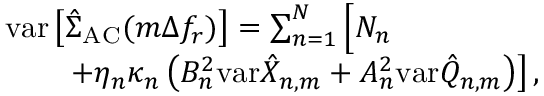
\begin{array} { r l } & { \mathrm { v a r } \left[ \hat { \Sigma } _ { \mathrm { A C } } ( m \Delta f _ { r } ) \right] = \sum _ { n = 1 } ^ { N } \Big [ { \cal N } _ { n } } \\ & { \quad \quad \left. + \eta _ { n } \kappa _ { n } \left( B _ { n } ^ { 2 } \mathrm { v a r } \hat { X } _ { n , m } + A _ { n } ^ { 2 } \mathrm { v a r } \hat { Q } _ { n , m } \right) \right] , } \end{array}